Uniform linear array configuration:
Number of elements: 16
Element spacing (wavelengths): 0.25
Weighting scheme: hamming
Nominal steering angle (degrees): -45
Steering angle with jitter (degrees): -44.925
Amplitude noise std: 0.05
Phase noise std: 0.05

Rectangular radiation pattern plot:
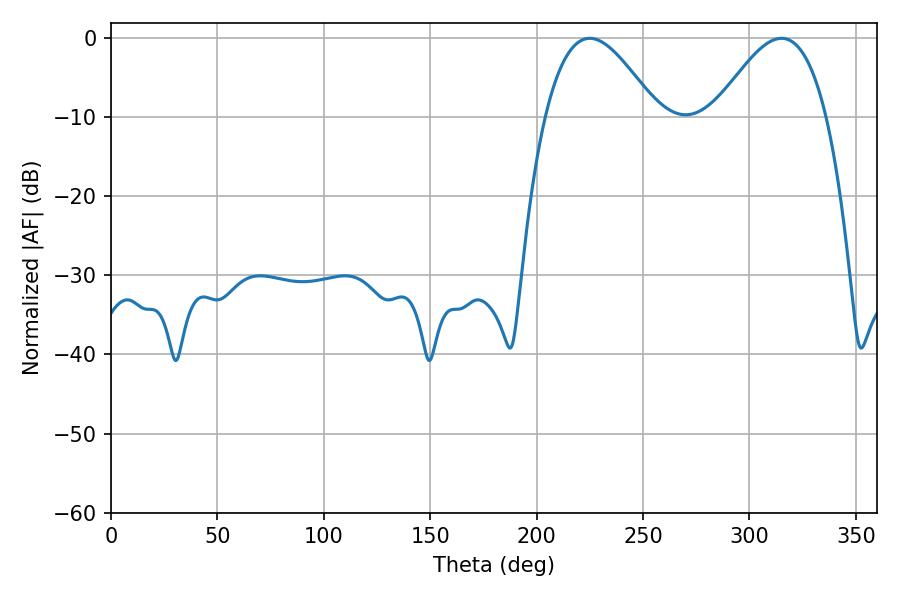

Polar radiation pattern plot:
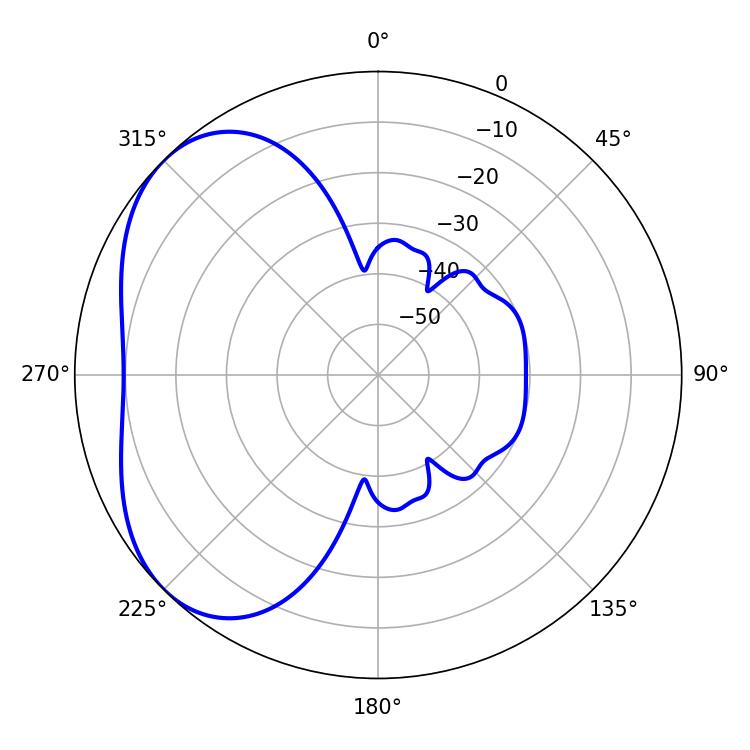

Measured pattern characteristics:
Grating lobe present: FALSE
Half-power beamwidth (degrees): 28.44
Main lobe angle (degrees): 225